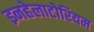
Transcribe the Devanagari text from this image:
इनहेलाटोरियम